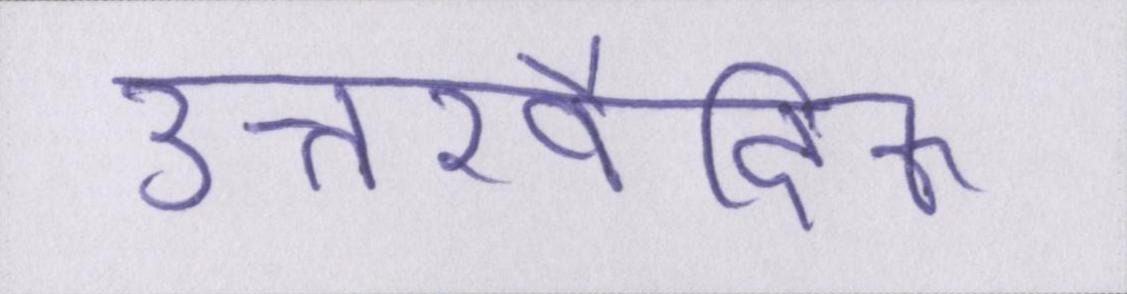
उत्तरवैदिक